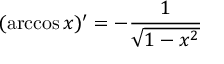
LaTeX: ( \operatorname { a r c c o s } x ) ^ { \prime } = - { \frac { 1 } { \sqrt { 1 - x ^ { 2 } } } }